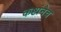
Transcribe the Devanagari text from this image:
कष्टांनेच